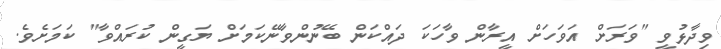
ވިދާޅުވީ "ވަރަށް އަވަހަށް އީރާން ވާހަކަ ދައްކަން ބޭނުންވާނޭކަމަށް ޔަގީން ކުރައްވާ" ކަމަށެވެ.